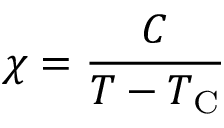
\chi = { \frac { C } { T - T _ { \mathrm { C } } } }